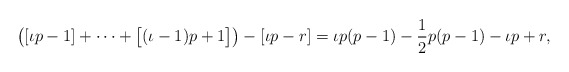
\begin{align*}\bigl([\iota p-1]+\dots+\bigl[(\iota-1)p+1\bigr]\bigr)-[\iota p-r]= \iota p(p-1)-\frac12p(p-1)-\iota p+r,\end{align*}